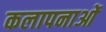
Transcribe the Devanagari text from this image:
कलापनाओं